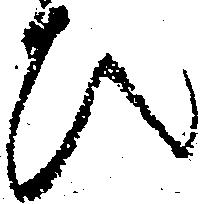
ひ